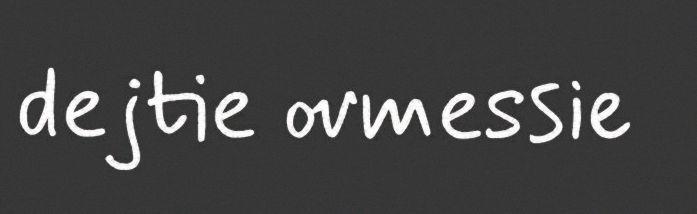
dejtie ovmessie